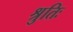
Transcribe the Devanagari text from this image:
श्रुतिः